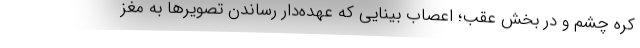
کره چشم و در بخش عقب؛ اعصاب بینایی که عهده‌دار رساندن تصویرها به مغز